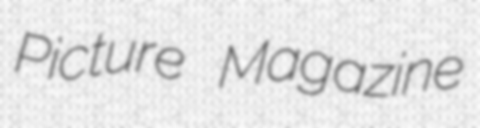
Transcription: Picture Magazine